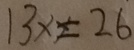
1 3 x = 2 6